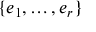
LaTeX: \{ e _ { 1 } , \ldots , e _ { r } \}